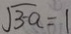
\sqrt { 3 - a } = 1